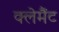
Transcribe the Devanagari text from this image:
क्लेमैंट